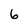
Character: 6